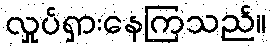
လှုပ်ရှားနေကြသည်။